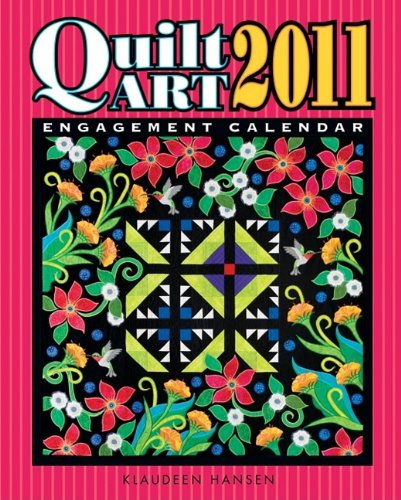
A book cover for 2011 Quilt Art Engagement Calendar; Klaudeen Hansen; Calendars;